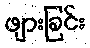
ဖျားခြင်း